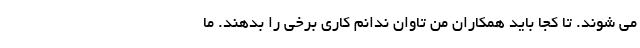
می شوند. تا کجا باید همکاران من تاوان ندانم کاری برخی را بدهند. ما